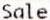
SALE